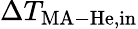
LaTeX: \Delta T_{\mathrm{MA-He,in}}